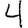
Digit: 4